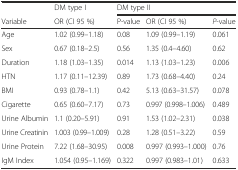
<table><thead><tr><td></td><td><b>DM type I</b></td><td colspan="3"><b>DM type II</b></td></tr><tr><td><b>Variable</b></td><td><b>OR (CI 95 %)</b></td><td><b>P-value</b></td><td><b>OR (CI 95 %)</b></td><td><b><i>P</i>-value</b></td></tr></thead><tbody><tr><td>Age</td><td>1.02 (0.99–1.18)</td><td>0.08</td><td>1.09 (0.99–1.19)</td><td>0.061</td></tr><tr><td>Sex</td><td>0.67 (0.18–2.5)</td><td>0.56</td><td>1.35 (0.4–4.60)</td><td>0.62</td></tr><tr><td>Duration</td><td>1.18 (1.03–1.35)</td><td>0.014</td><td>1.13 (1.03–1.23)</td><td>0.006</td></tr><tr><td>HTN</td><td>1.17 (0.11–12.39)</td><td>0.89</td><td>1.73 (0.68–4.40)</td><td>0.24</td></tr><tr><td>BMI</td><td>0.93 (0.78–1.1)</td><td>0.42</td><td>5.13 (0.63–31.57)</td><td>0.078</td></tr><tr><td>Cigarette</td><td>0.65 (0.60–7.17)</td><td>0.73</td><td>0.997 (0.998–1.006)</td><td>0.489</td></tr><tr><td>Urine Albumin</td><td>1.1 (0.20–5.91)</td><td>0.91</td><td>1.53 (1.02–2.31)</td><td>0.038</td></tr><tr><td>Urine Creatinin</td><td>1.003 (0.99–1.009)</td><td>0.28</td><td>1.28 (0.51–3.22)</td><td>0.59</td></tr><tr><td>Urine Protein</td><td>7.22 (1.68–30.95)</td><td>0.008</td><td>0.997 (0.993–1.000)</td><td>0.76</td></tr><tr><td>IgM Index</td><td>1.054 (0.95–1.169)</td><td>0.322</td><td>0.997 (0.983–1.01)</td><td>0.633</td></tr></tbody></table>